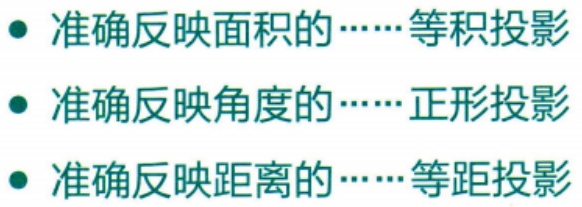
#NAME?